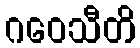
ဂဝေသီတိ